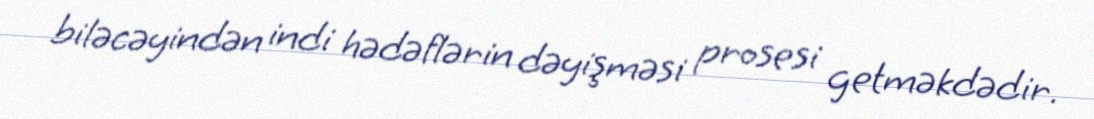
biləcəyindən indi hədəflərin dəyişməsi prosesi getməkdədir.